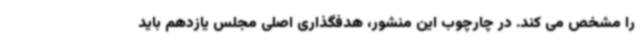
را مشخص می کند. در چارچوب این منشور، هدفگذاری اصلی مجلس یازدهم باید